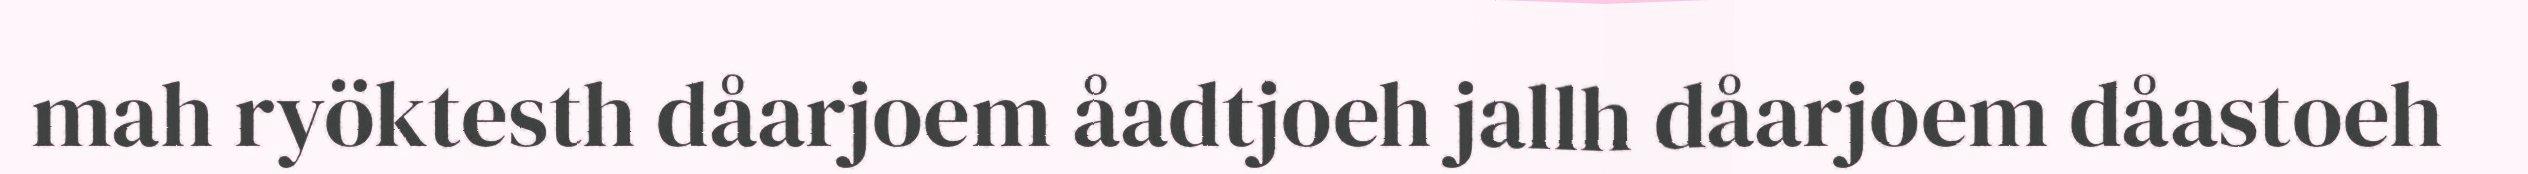
mah ryöktesth dåarjoem åadtjoeh jallh dåarjoem dåastoeh